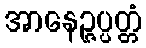
အာနေဉ္ဇပ္ပတ္တံ